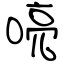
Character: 喨